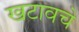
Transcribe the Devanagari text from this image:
खटावचे